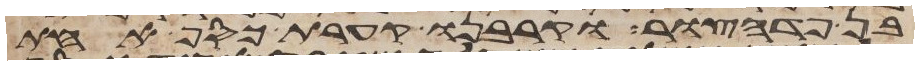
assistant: בן פדהצור וקרבנו קערת כסף אחת